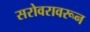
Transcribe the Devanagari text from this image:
सरोवरावरून